Report of the Indian Hemp Drugs Commission, 1894-1895 - Volume IV
Year: 1894
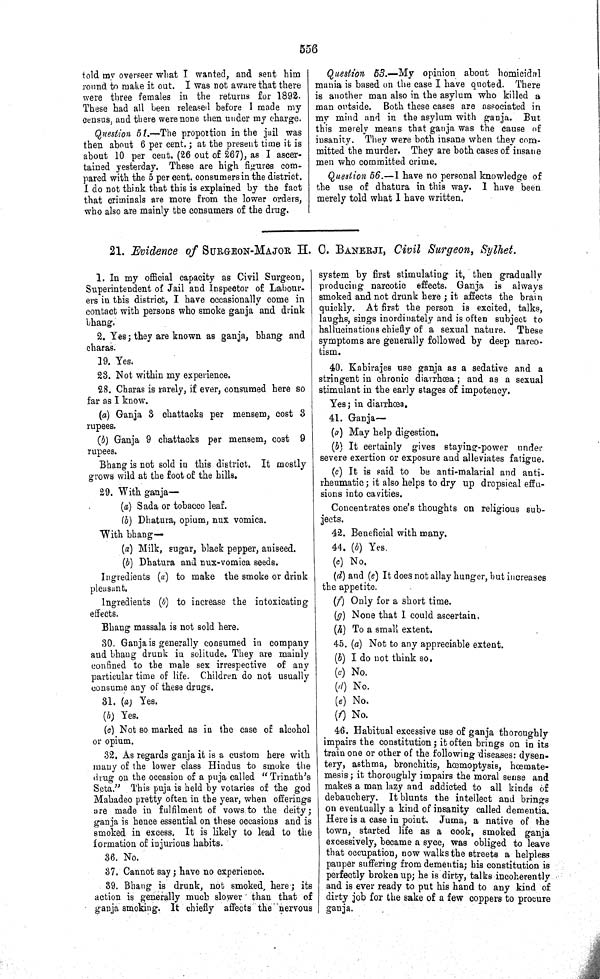
556
told my overseer what I wanted, and sent him
round to make it out. I was not aware that there
were three females in the returns for 1892.
These had all been released before I made my
census, and there were none then under my charge.
Question 51.—The proportion in the jail was
then about 6 per cent.; at the present time it is
about 10 per cent. (26 out of 267), as I ascer-
tained yesterday. These are high figures com-
pared with the 5 per cent. consumers in the district.
I do not think that this is explained by the fact
that criminals are more from the lower orders,
who also are mainly the consumers of the drug.
Question 53.—My opinion about homicidal
mania is based on the case I have quoted. There
is another man also in the asylum who killed a
man outside. Both these cases are associated in
my mind and in the asylum with ganja. But
this merely means that ganja was the cause of
insanity. They were both insane when they com-
mitted the murder. They are both cases of insane
men who committed crime.
Question 56.—I have no personal knowledge of
the use of dhatura in this way. I have been
merely told what I have written.
21. Evidence of SURGEON-MAJOR H. C. BANERJI, Civil Surgeon, Sylhet.
1. In my official capacity as Civil Surgeon,
Superintendent of Jail and Inspector of Labour-
ers in this district, I have occasionally come in
contact with persons who smoke ganja and drink
bhang.
2. Yes; they are known as ganja, bhang and
charas.
19. Yes.
23. Not within my experience.
28. Charas is rarely, if ever, consumed here so
far as I know.
(a) Ganja 3 chattacks per mensem, cost 3
rupees.
(b) Ganja 9 chattacks per mensem, cost 9
rupees.
Bhang is not sold in this district. It mostly
grows wild at the foot of the hills.
29. With ganja—
(a) Sada or tobacco leaf.
(b) Dhatura, opium, nux vomica.
With bhang—
(a) Milk, sugar, black pepper, aniseed.
(b) Dhatura and nux-vomica seeds.
Ingredients (a) to make the smoke or drink
pleasant.
Ingredients (b) to increase the intoxicating
effects.
Bhang massala is not sold here.
30. Ganja is generally consumed in company
and bhang drunk in solitude. They are mainly
confined to the male sex irrespective of any
particular time of life. Children do not usually
consume any of these drugs.
31. (a) Yes.
(b) Yes.
(c) Not so marked as in the case of alcohol
or opium.
32. As regards ganja it is a custom here with
many of the lower class Hindus to smoke the
drug on the occasion of a puja called "Trinath's
Seta." This puja is held by votaries of the god
Mahadeo pretty often in the year, when offerings
are made in fulfilment of vows to the deity;
ganja is hence essential on these occasions and is
smoked in excess. It is likely to lead to the
formation of injurious habits.
36. No.
37. Cannot say; have no experience.
39. Bhang is drunk, not smoked, here; its
action is generally much slower than that of
ganja smoking. It chiefly affects the nervous
system by first stimulating it, then gradually
producing narcotic effects. Ganja is always
smoked and not drunk here; it affects the brain
quickly. At first the person is excited, talks,
laughs, sings inordinately and is often subject to
hallucinations chiefly of a sexual nature. These
symptoms are generally followed by deep narco-
tism.
40. Kabirajes use ganja as a sedative and a
stringent in chronic diarrhœa; and as a sexual
stimulant in the early stages of impotency.
Yes; in diarrhœa.
41. Ganja—
(a) May help digestion.
(b) It certainly gives staying-power under
severe exertion or exposure and alleviates fatigue.
(c) It is said to be anti-malarial and anti-
rheumatic; it also helps to dry up dropsical effu-
sions into cavities.
Concentrates one's thoughts on religious sub-
jects.
42. Beneficial with many.
44. (b) Yes.
(c) No.
(d) and (e) It does not allay hunger, but increases
the appetite.
(f) Only for a short time.
(g) None that I could ascertain.
(h) To a small extent.
45. (a) Not to any appreciable extent.
(b) I do not think so.
(c) No.
(d) No.
(e) No.
(f) No.
46. Habitual excessive use of ganja thoroughly
impairs the constitution; it often brings on in its
train one or other of the following diseases: dysen-
tery, asthma, bronchitis, hœmoptysis, hœmate-
mesis; it thoroughly impairs the moral sense and
makes a man lazy and addicted to all kinds of
debauchery. It blunts the intellect and brings
on eventually a kind of insanity called dementia.
Here is a case in point. Juma, a native of the
town, started life as a cook, smoked ganja
excessively, became a syce, was obliged to leave
that occupation, now walks the streets a helpless
pauper suffering from dementia; his constitution is
perfectly broken up; he is dirty, talks incoherently
and is ever ready to put his hand to any kind of
dirty job for the sake of a few coppers to procure
ganja.